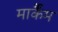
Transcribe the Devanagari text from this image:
मार्कैंम